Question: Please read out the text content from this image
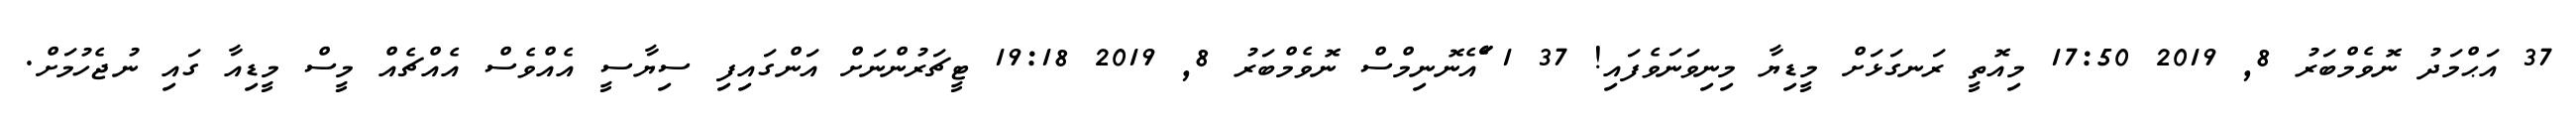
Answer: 37 އަޙްމަދު ނޮވެމްބަރު 8, 2019 17:50 މިއޮތީ ރަނގަޅަށް މީޑިޔާ މިނިވަނަވެފައި! 37 1 ަެަެަައެނޮނިމްސް ނޮވެމްބަރު 8, 2019 19:18 ޓީޗަރުންނަށް އަންގައިފި ސިޔާސީ އެއްވެސް އެއްޗެއް މީސް މީޑިއާ ގައި ނުޖެހުމަށް.